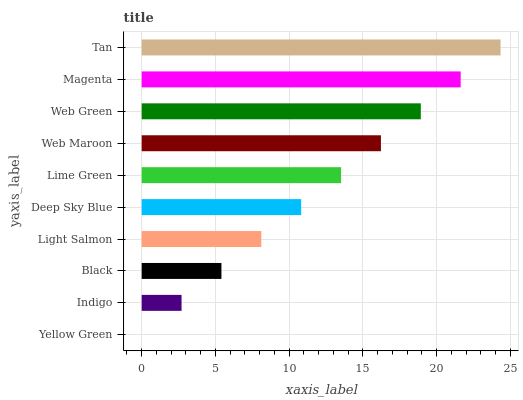
| yaxis_label | bars |
 | --- | --- |
 | Yellow Green | 0 |
 | Indigo | 2.7 |
 | Black | 5.41 |
 | Light Salmon | 8.11 |
 | Deep Sky Blue | 10.8 |
 | Lime Green | 13.5 |
 | Web Maroon | 16.2 |
 | Web Green | 18.9 |
 | Magenta | 21.6 |
 | Tan | 24.3 |